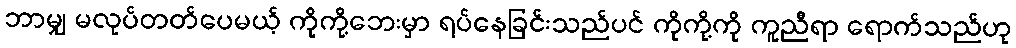
ဘာမျှ မလုပ်တတ်ပေမယ့် ကိုကို့ဘေးမှာ ရပ်နေခြင်းသည်ပင် ကိုကို့ကို ကူညီရာ ရောက်သည်ဟု